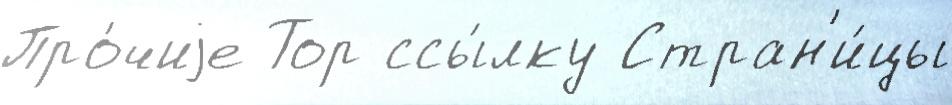
Про́чиjе Тор ссы́лку Стран'и́цы